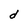
Character: d